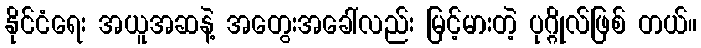
နိုင်ငံရေး အယူအဆနဲ့ အတွေးအခေါ်လည်း မြင့်မားတဲ့ ပုဂ္ဂိုလ်ဖြစ် တယ်။